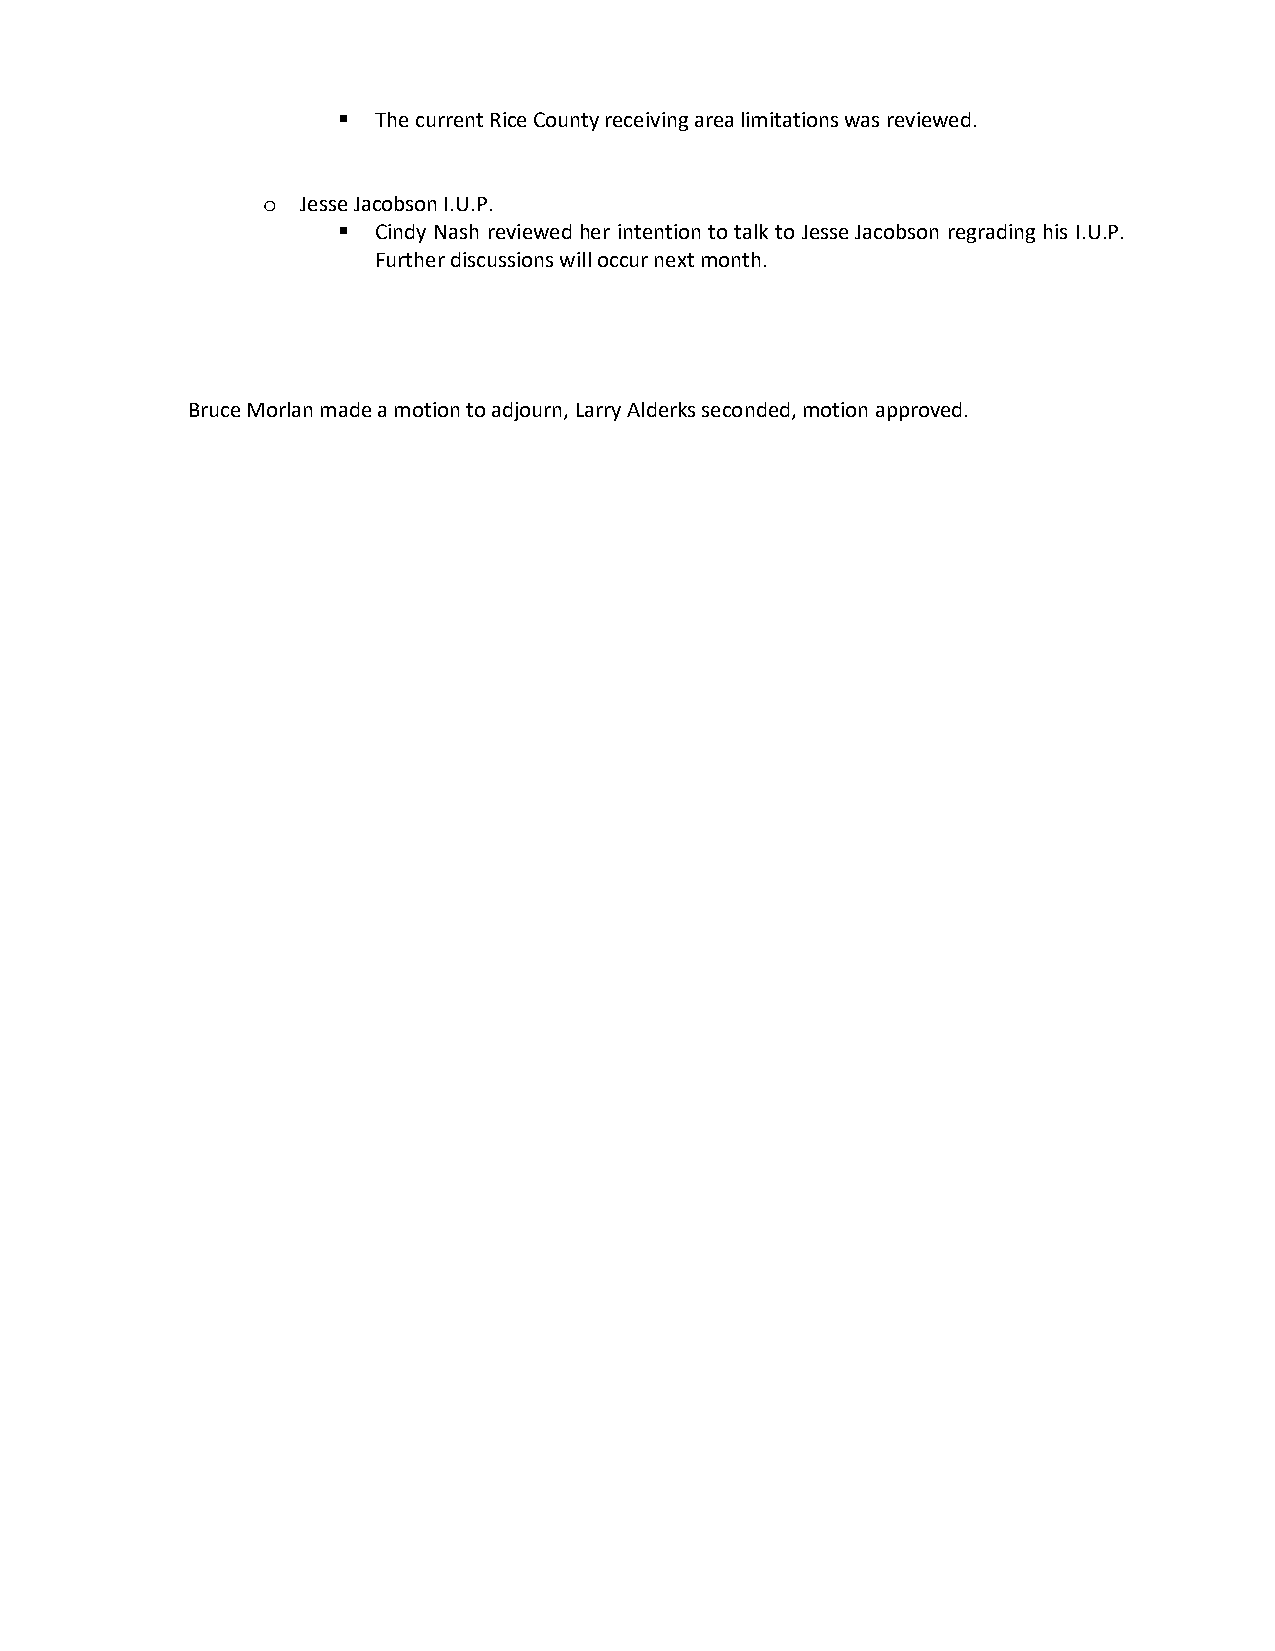
  The current Rice County receiving area limitations was reviewed.
 Jesse Jacobson I.U.P.
 o
   Cindy Nash reviewed her intention to talk to Jesse Jacobson regrading his I.U.P.
 Further discussions will occur next month.
 Bruce Morlan made a motion to adjourn, Larry Alderks seconded, motion approved.